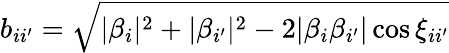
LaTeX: b_{ii^{\prime}}=\sqrt{|\beta_{i}|^{2}+|\beta_{i^{\prime}}|^{2}-2|\beta_{i}\beta_{i^{\prime}}|\cos\xi_{ii^{\prime}}}